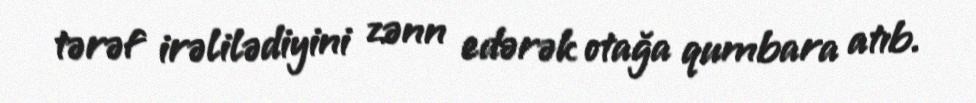
tərəf irəlilədiyini zənn edərək otağa qumbara atıb.